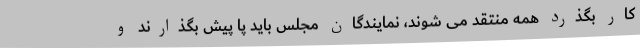
کار بگذرد همه منتقد می‌ شوند، نمایندگان مجلس باید پا پیش بگذارند و